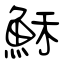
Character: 穌